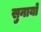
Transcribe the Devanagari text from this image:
सुनायो